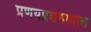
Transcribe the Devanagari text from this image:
प्रणयप्रसंगातील